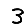
Digit: 3